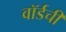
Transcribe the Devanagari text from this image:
वॉर्डची